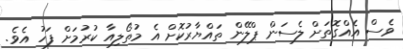
ވެސް އެއްގޮތަށް ލެސަން ޕްލޭން ތައްޔާރުކޮށް އެ މުތޯލިއާ ކުރުމަށް ފަހު އެވެ.